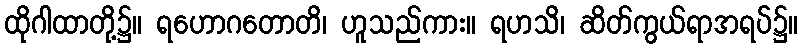
ထိုဂါထာတို့၌။ ရဟောဂတောတိ၊ ဟူသည်ကား။ ရဟသိ၊ ဆိတ်ကွယ်ရာအရပ်၌။